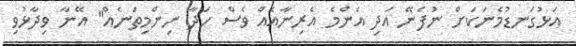
އަޅުގަނޑުމެނަކަށް ނުފެނޭ އަދި އެންމެ އެރިނާއެއް ވެސް ހަދާ ނިންމިތަނެއް" އޭނާ ވިދާޅުވި